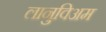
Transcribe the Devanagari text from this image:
लानुविअम